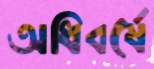
অধিবর্ষে